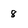
Character: 8